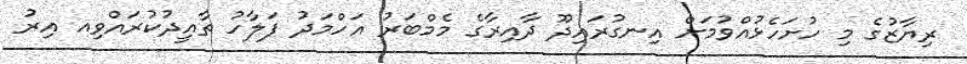
ރިޔާޒުގެ މި ހުށަހެޅުއްވުމަށް އިނގުރައިދޫ ދާއިރާގެ މެމްބަރު އަހްމަދު ފަލާހު ތާއީދުކުރައްވިއ އިރު